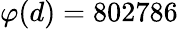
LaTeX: \varphi(d)=802786